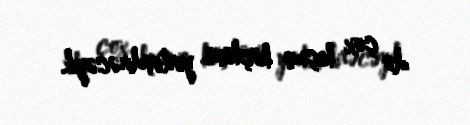
də çox keçmiş köçkünü yerləşdirəcəyik.